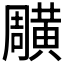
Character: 𪏎